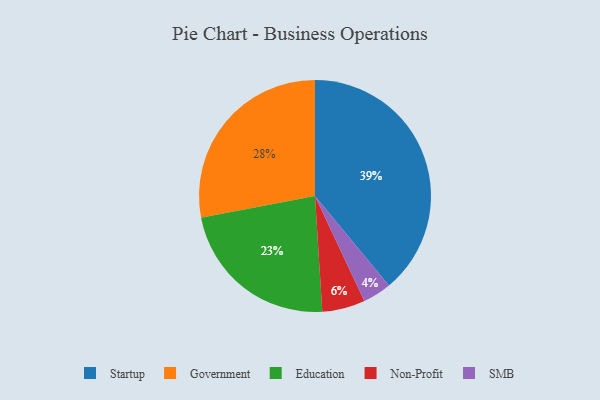
{"axis": {"x": "Category", "y": "Percentage"}, "legend": ["Education", "Government", "Non-Profit", "SMB", "Startup"], "data": [{"x": "Education", "y": 23, "type": "Education"}, {"x": "SMB", "y": 4, "type": "SMB"}, {"x": "Startup", "y": 39, "type": "Startup"}, {"x": "Non-Profit", "y": 6, "type": "Non-Profit"}, {"x": "Government", "y": 28, "type": "Government"}]}